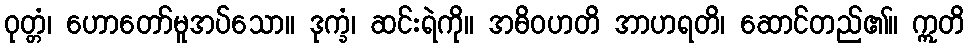
ဝုတ္တံ၊ ဟောတော်မူအပ်သော။ ဒုက္ခံ၊ ဆင်းရဲကို။ အဓိဝဟတိ အာဟရတိ၊ ဆောင်တည်၏။ ဣတိ